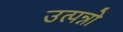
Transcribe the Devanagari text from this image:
उत्पन्नो